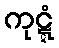
ကုဋ္ဋံ